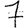
Digit: 7